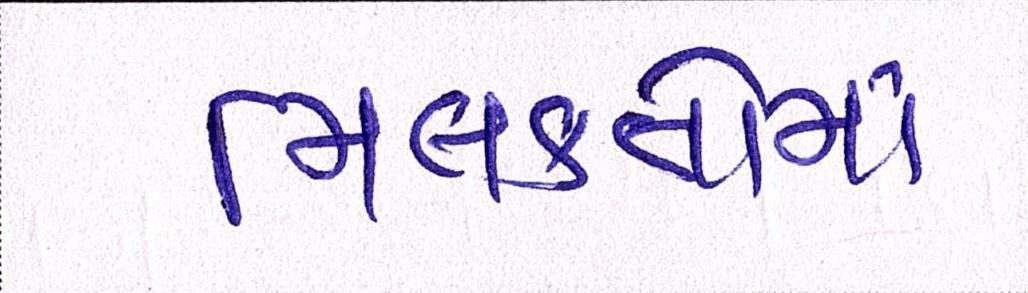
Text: મિલકતોમાં